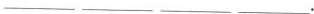
___ ___ ___ ___.